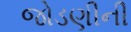
જોડણીની